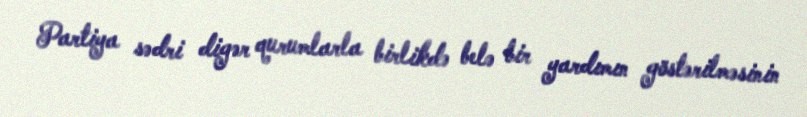
Partiya sədri digər qurumlarla birlikdə belə bir yardımın göstərilməsinin